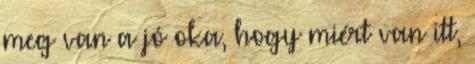
meg van a jó oka, hogy miért van itt,